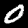
Label: 0